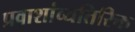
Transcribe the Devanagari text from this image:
प्रवाशांव्यतिरिक्त